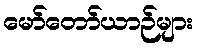
မော်တော်ယာဉ်များ